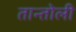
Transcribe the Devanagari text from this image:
तान्तोली